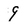
Character: 9